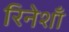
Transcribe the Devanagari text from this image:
रिनेशाँ